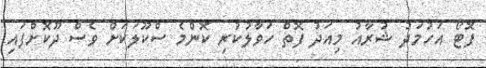
ފޮޓޯ އަހުމަދު ޝުރާއު މިއަދު ފޮތް ހަވާލުކުރި ކޮންމެ ސްކޫލަކަށް ވެސް ދޫކޮށްފައި